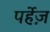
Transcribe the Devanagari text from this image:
पर्हेज़